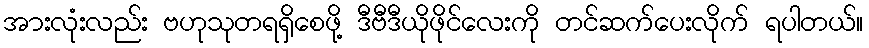
အားလုံးလည်း ဗဟုသုတရရှိစေဖို့ ဒီဗီဒီယိုဖိုင်လေးကို တင်ဆက်ပေးလိုက် ရပါတယ်။